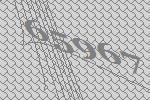
65967